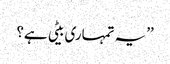
’’یہ تمہاری بیٹی ہے؟